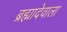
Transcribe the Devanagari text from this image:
ब्रह्मादेवाला